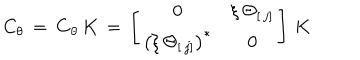
C _ { \theta } \, = \, { \bf C } _ { \theta } \, K \, = \, \left[ \begin{array} { c c } { { 0 } } & { { \xi \, \Theta _ { [ \, j ] } } } \\ { { \left( \xi \, \Theta _ { [ \, j ] } \right) ^ { \ast } } } & { { 0 } } \\ \end{array} \right] \, K